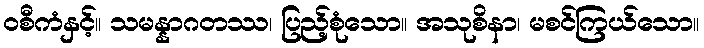
ဝစီကံနှင့်။ သမန္နာဂတဿ၊ ပြည့်စုံသော။ အသုစိနာ၊ မစင်ကြယ်သော။